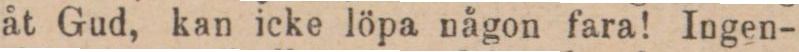
åt Gud, kan icke löpa någon fara! Ingen-